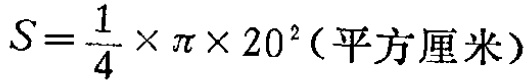
\(S=\frac{1}{4}\times \pi\times 20^{2}(\text{平方厘米})\)